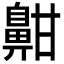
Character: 𪖟